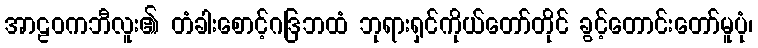
အာဠဝကဘီလူး၏ တံခါးစောင့်ဂဒြဘထံ ဘုရားရှင်ကိုယ်တော်တိုင် ခွင့်တောင်းတော်မူပုံ၊